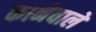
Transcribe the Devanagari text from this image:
कानेवाले